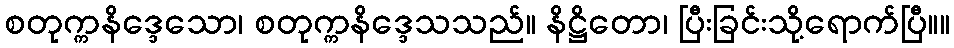
စတုက္ကနိဒ္ဒေသော၊ စတုက္ကနိဒ္ဒေသသည်။ နိဋ္ဌိတော၊ ပြီးခြင်းသို့ရောက်ပြီ။။